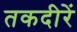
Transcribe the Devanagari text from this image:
तकदीरें